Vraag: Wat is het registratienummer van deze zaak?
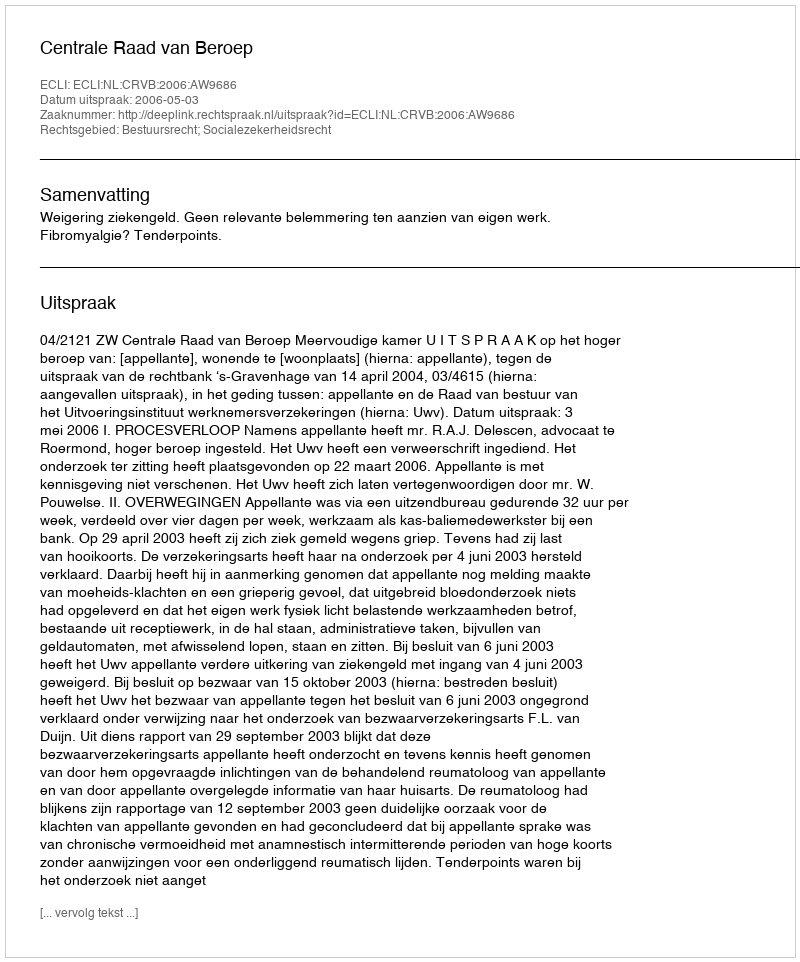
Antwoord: http://deeplink.rechtspraak.nl/uitspraak?id=ECLI:NL:CRVB:2006:AW9686